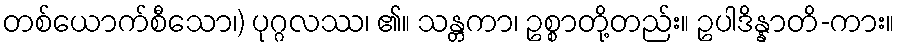
တစ်ယောက်စီသော၊) ပုဂ္ဂလဿ၊ ၏။ သန္တကာ၊ ဥစ္စာတို့တည်း။ ဥပါဒိန္နာတိ-ကား။